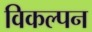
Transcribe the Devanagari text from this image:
विकल्पन